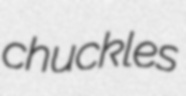
chuckles